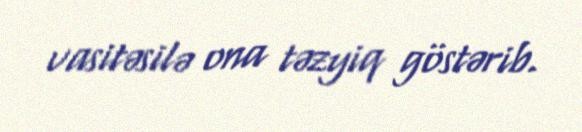
vasitəsilə ona təzyiq göstərib.